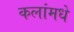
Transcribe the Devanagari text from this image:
कलांमधे